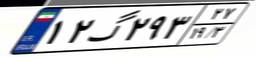
۱۲گ۲۹۳۲۷